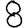
Digit: 8